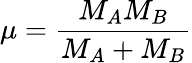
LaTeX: \mu=\frac{M_{A}M_{B}}{M_{A}+M_{B}}